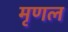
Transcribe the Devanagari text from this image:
मृणल